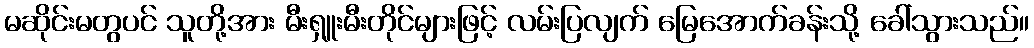
မဆိုင်းမတွပင် သူတို့အား မီးရှူးမီးတိုင်များဖြင့် လမ်းပြလျက် မြေအောက်ခန်းသို့ ခေါ်သွားသည်။